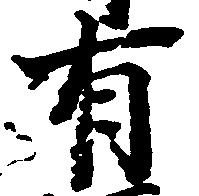
有